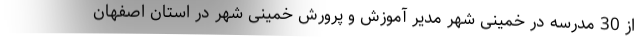
از 30 مدرسه در خمینی شهر مدیر آموزش و پرورش خمینی شهر در استان اصفهان